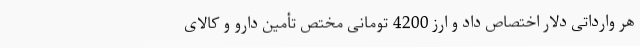
هر وارداتی دلار اختصاص داد و ارز 4200 تومانی مختص تأمین دارو و کالای